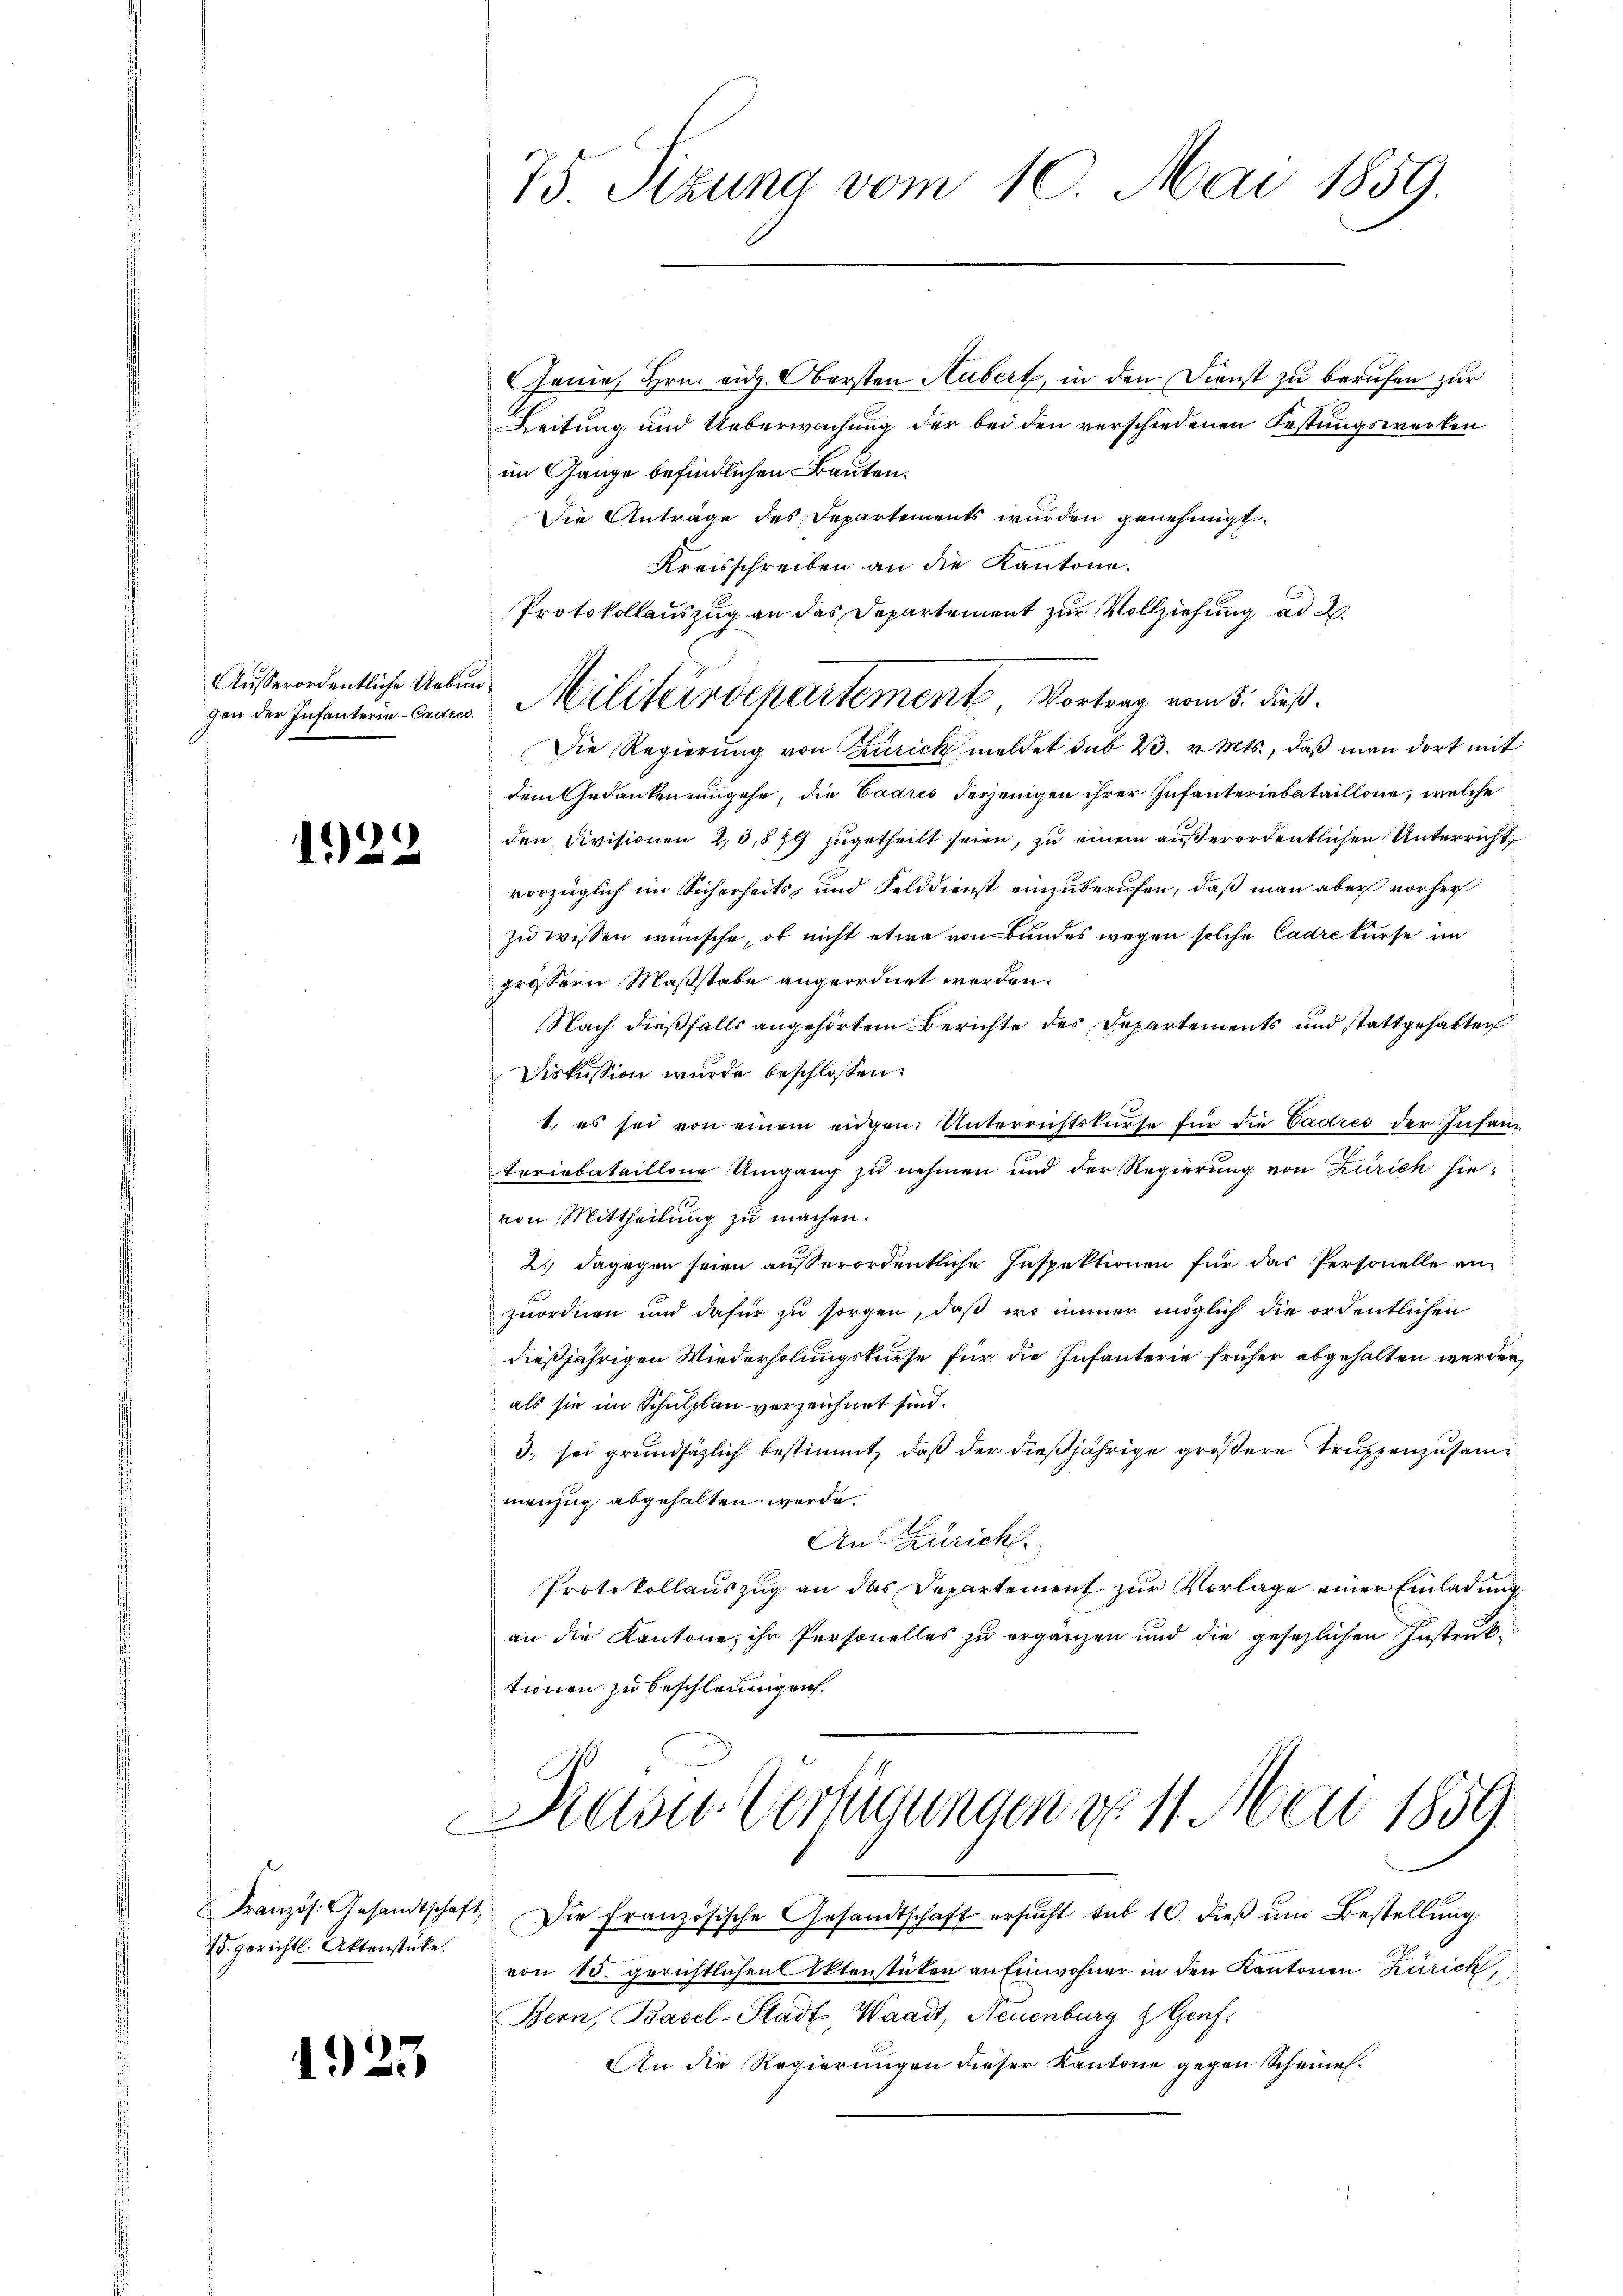
Ausserordentliche Uebun¬

)
192

75. gerichtl. Aktenstücke.

1923

75. Sizung vom 10. Mai 1859.
mner

Genie, Hrn. eidg. Obersten Hubert, in den Dienst zu berufen zur
Leitung und Ueberwachung der bei den verschiedenen Festungswerken
im Gange befindlichen Bauten.
Die Anträge des Departements wurden genehmigt.
Kreisschreiben an die Kantone.
Protokollauszug an das Departement zur Vollziehung ad 2.
Die Regierŭng von Zürich, meldet sub 23. v. Mts., daß man dort mit
dem Gedanken umgehe, die Cadres derjenigen ihrer Infanteriebataillone, welche
den Divisionen 2,5,8 fl zugetheilt seien, zu einem außerordentlichen Unterricht,
vorzüglich im Sicherheits, und Felddienst einzuberufen, daß man aber vorher
zu wissen wünsche, ob nicht etwa von Bundes wegen solche Cadrekurse im
grössern Maßstabe angeordnet werden.
Nach dießfalls angehörtem Berichte des Departements und stattgehabten
Diskussion wurde beschlossen:
1. es sei von einem eidgen. Unterrichtskurse für die Cadres der Infanteriebataillone Umgang zu nehmen und der Regierung von Zürich hie-
von Mittheilung zu machen.
2.) Dagegen seien außerordentliche Inspektionen für das Personelle anzuordnen und dafür zu sorgen, daß wo immer möglich die ordentlichen
dießjährigen Wiederholungskurse für die Infanterie früher abgehalten werden,
als sie im Schulplan verzeichnet sind.
3. sei grundsätzlich bestimmt, daß der dießjährige größere Truppenzusammenzug abgehalten werde.
Aus Zürich
Protokollauszug an das Departement zur Vorlage einer Einladung
an die Kantone ihr Personelles zu ergänzen und die gesezlichen Instruktionen zu beschleunigen.

Französ. Gesandtschaft die französische Gesandtschaft ersŭcht sub 10. dieβ ŭm Bestellung
von 15. gerichtlichen Aktenstäten an Einwohner in den Kantonen Zürich,
Bern, Basel-Stadt, Waadt, Neuenburg d. Genf.
An die Regierungen dieser Kantone gegen Scheines¬

gen der Infanten Canns Militärdepartement, Vortrag vom 5. dieß.

Diese Verfügungen d. 11. Mai 1859.